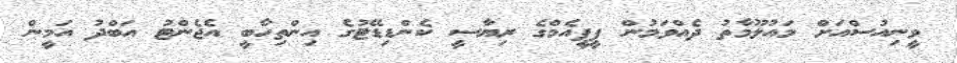
ވީނިއުސްއަށް މައުލޫމާތު ދެއްވަމުން ޕީޕީއެމްގެ ރިޔާސީ ކެންޑިޑޭޓުގެ އިންތިހާބީ އެޖެންޓު އަބްދު އަމީން